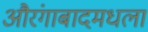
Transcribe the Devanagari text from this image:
औरंगाबादमधला